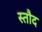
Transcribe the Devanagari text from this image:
स्तौद